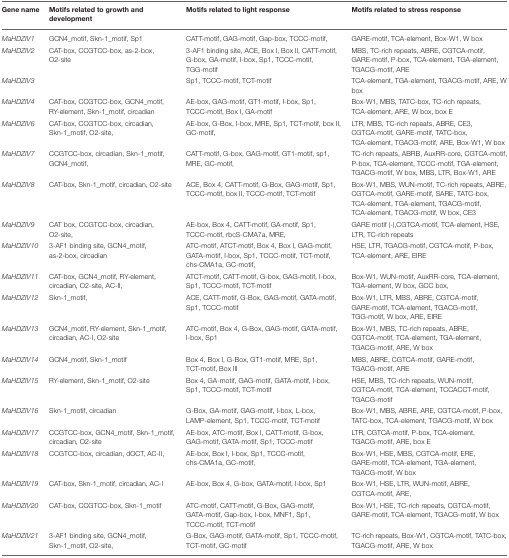
<table><thead><tr><td><b>Gene name</b></td><td><b>Motifs related to growth and development</b></td><td><b>Motifs related to light response</b></td><td><b>Motifs related to stress response</b></td></tr></thead><tbody><tr><td><i>MaHDZIV1</i></td><td>GCN4_motif, Skn-1_motif, Sp1</td><td>CATT-motif, GAG-motif, Gap-box, TCCC-motif,</td><td>GARE-motif, TCA-element, Box-W1, W box</td></tr><tr><td><i>MaHDZIV2</i></td><td>CAT-box, CCGTCC-box, as-2-box, O2-site</td><td>3-AF1 binding site, ACE, Box I, Box II, CATT-motif, G-box, GA-motif, I-box, Sp1, TCCC-motif, TGG-motif</td><td>MBS, TC-rich repeats, ABRE, CGTCA-motif, GARE-motif, P-box, TCA-element, TGA-element, TGACG-motif, ARE</td></tr><tr><td><i>MaHDZIV3</i></td><td></td><td>Sp1, TCCC-motif, TCT-motif</td><td>TCA-element, TGA-element, TGACG-motif, ARE, W box</td></tr><tr><td><i>MaHDZIV4</i></td><td>CAT-box, CCGTCC-box, GCN4_motif, RY-element, Skn-1_motif, circadian</td><td>AE-box, GAG-motif, GT1-motif, I-box, Sp1, TCCC-motif, Box I, GA-motif</td><td>Box-W1, MBS, TATC-box, TC-rich repeats, TCA-element, ARE, W box, box E</td></tr><tr><td><i>MaHDZIV6</i></td><td>CAT-box, CCGTCC-box, circadian, Skn-1_motif, O2-site,</td><td>AE-box, G-Box, I-box, MRE, Sp1, TCT-motif, box II, GC-motif,</td><td>LTR, MBS, TC-rich repeats, ABRE, CE3, CGTCA-motif, GARE-motif, TATC-box, TCA-element, TGACG-motif, ARE, Box-W1, W box</td></tr><tr><td><i>MaHDZIV7</i></td><td>CCGTCC-box, circadian, Skn-1_motif, GCN4_motif,</td><td>CATT-motif, G-box, GAG-motif, GT1-motif, sp1, MRE, GC-motif,</td><td>TC-rich repeats, ABRB, AuxRR-core, CGTCA-motif, P-box, TCA-element, TCCC-motif, TGA-element, TGACG-motif, W box, MBS, LTR, Box-W1, ARE</td></tr><tr><td><i>MaHDZIV8</i></td><td>CAT-box, Skn-1_motif, circadian, O2-site</td><td>ACE, Box 4, CATT-motif, G-Box, GAG-motif, Sp1, TCCC-motif, box II, TCCC-motif, TCT-motif</td><td>Box-W1, MBS, WUN-motif, TC-rich repeats, ABRE, CGTCA-motif, GARE-motif, SARE, TATC-box, TCA-element, TGA-element, TGACG-motif, TCA-element, TGACG-motif, W box, CE3</td></tr><tr><td><i>MaHDZIV9</i></td><td>CAT box, CCGTCC-box, circadian, O2-site,</td><td>AE-box, Box 4, CATT-motif, GA-motif, Sp1, TCCC-motif, rbcS-CMA7a, MRE,</td><td>GARE motif (-),CGTCA-motif, TCA-element, HSE, LTR, TC-rich repeats</td></tr><tr><td><i>MaHDZIV10</i></td><td>3-AF1 binding site, GCN4_motif, as-2-box, circadian</td><td>ATC-motif, ATCT-motif, Box 4, Box I, GAG-motif, GATA-motif, I-box, Sp1, TCCC-motif, TCT-motif, chs-CMA1a, GC-motif,</td><td>HSE, LTR, TGACG-motif, CGTCA-motif, P-box, TCA-element, ARE, EIRE</td></tr><tr><td><i>MaHDZIV11</i></td><td>CAT-box, GCN4_motif, RY-element, circadian, O2-site, AC-II,</td><td>ATCT-motif, CATT-motif, G-box, GAG-motif, I-box, Sp1, TCCC-motif, TCT-motif</td><td>Box-W1, WUN-motif, AuxRR-core, TCA-element, TGA-element, W box, GCC box,</td></tr><tr><td><i>MaHDZIV12</i></td><td>Skn-1_motif,</td><td>ACE, CATT-motif, G-Box, GAG-motif, GATA-motif, Sp1, TCCC-motif</td><td>Box-W1, LTR, MBS, ABRE, CGTCA-motif, GARE-motif, TCA-element, TGACG-motif, TGG-motif, W box, ARE, EIRE</td></tr><tr><td><i>MaHDZIV13</i></td><td>GCN4_motif, RY-element, Skn-1_motif, circadian, AC-I, O2-site</td><td>ATC-motif, Box 4, G-Box, GAG-motif, GATA-motif, I-box, Sp1</td><td>Box-W1, MBS, TC-rich repeats, ABRE, CGTCA-motif, TCA-element, TGA-element, TGACG-motif, ARE, W box</td></tr><tr><td><i>MaHDZIV14</i></td><td>GCN4_motif, Skn-1_motif</td><td>Box 4, Box I, G-Box, GT1-motif, MRE, Sp1, TCT-motif, Box III</td><td>MBS, ABRE, CGTCA-motif, GARE-motif, TGACG-motif, ARE</td></tr><tr><td><i>MaHDZIV15</i></td><td>RY-element, Skn-1_motif, O2-site</td><td>Box 4, GA-motif, GAG-motif, GATA-motif, I-box, Sp1, TCCC-motif, TCT-motif</td><td>HSE, MBS, TC-rich repeats, WUN-motif, CGTCA-motif, TCA-element, TCCACCT-motif, TGACG-motif</td></tr><tr><td><i>MaHDZIV16</i></td><td>Skn-1_motif, circadian</td><td>G-Box, GA-motif, GAG-motif, I-box, L-box, LAMP-element, Sp1, TCCC-motif, TCT-motif</td><td>Box-W1, MBS, ABRE, ARE, CGTCA-motif, P-box, TATC-box, TCA-element, TGACG-motif, W box</td></tr><tr><td><i>MaHDZIV17</i></td><td>CCGTCC-box, GCN4_motif, Skn-1_motif, circadian, O2-site</td><td>AE-box, ATC-motif, Box I, CATT-motif, G-box, GAG-motif, GATA-motif, Sp1, TCCC-motif</td><td>LTR, CGTCA-motif, P-box, TCA-element, TGACG-motif, ARE, box E</td></tr><tr><td><i>MaHDZIV18</i></td><td>CCGTCC-box, circadian, dOCT, AC-II,</td><td>AE-box, Box I, I-box, Sp1, TCCC-motif, chs-CMA1a, GC-motif,</td><td>Box-W1, HSE, MBS, CGTCA-motif, ERE, GARE-motif, TCA-element, TGA-element, TGACG-motif, W box</td></tr><tr><td><i>MaHDZIV19</i></td><td>CAT-box, Skn-1_motif, circadian, AC-I</td><td>AE-box, Box 4, G-box, GATA-motif, I-box, Sp1</td><td>Box-W1, HSE, LTR, WUN-motif, ABRE, CGTCA-motif, ARE,</td></tr><tr><td><i>MaHDZIV20</i></td><td>CAT-box, CCGTCC-box, Skn-1_motif</td><td>ATC-motif, CATT-motif, G-Box, GAG-motif, GATA-motif, Gap-box, I-box, MNF1, Sp1, TCCC-motif, TCT-motif</td><td>Box-W1, HSE, TC-rich repeats, CGTCA-motif, GARE-motif, TCA-element, TGACG-motif, W box</td></tr><tr><td><i>MaHDZIV21</i></td><td>3-AF1 binding site, GCN4_motif, Skn-1_motif, O2-site,</td><td>G-Box, GAG-motif, GATA-motif, Sp1, TCCC-motif, TCT-motif, GC-motif</td><td>TC-rich repeats, Box-W1, CGTCA-motif, TATC-box, TGACG-motif, ARE, W box</td></tr></tbody></table>